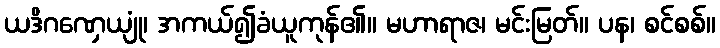
ယဒိဂဏှေယျုံ၊ အကယ်၍ခံယူကုန်၏။ မဟာရာဇ၊ မင်းမြတ်။ ပန၊ စင်စစ်။